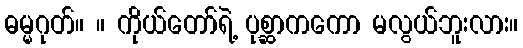
ဓမ္မဂုတ်။ ။ ကိုယ်တော်ရဲ့ ပုစ္ဆာကကော မလွယ်ဘူးလား။